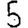
Digit: 5